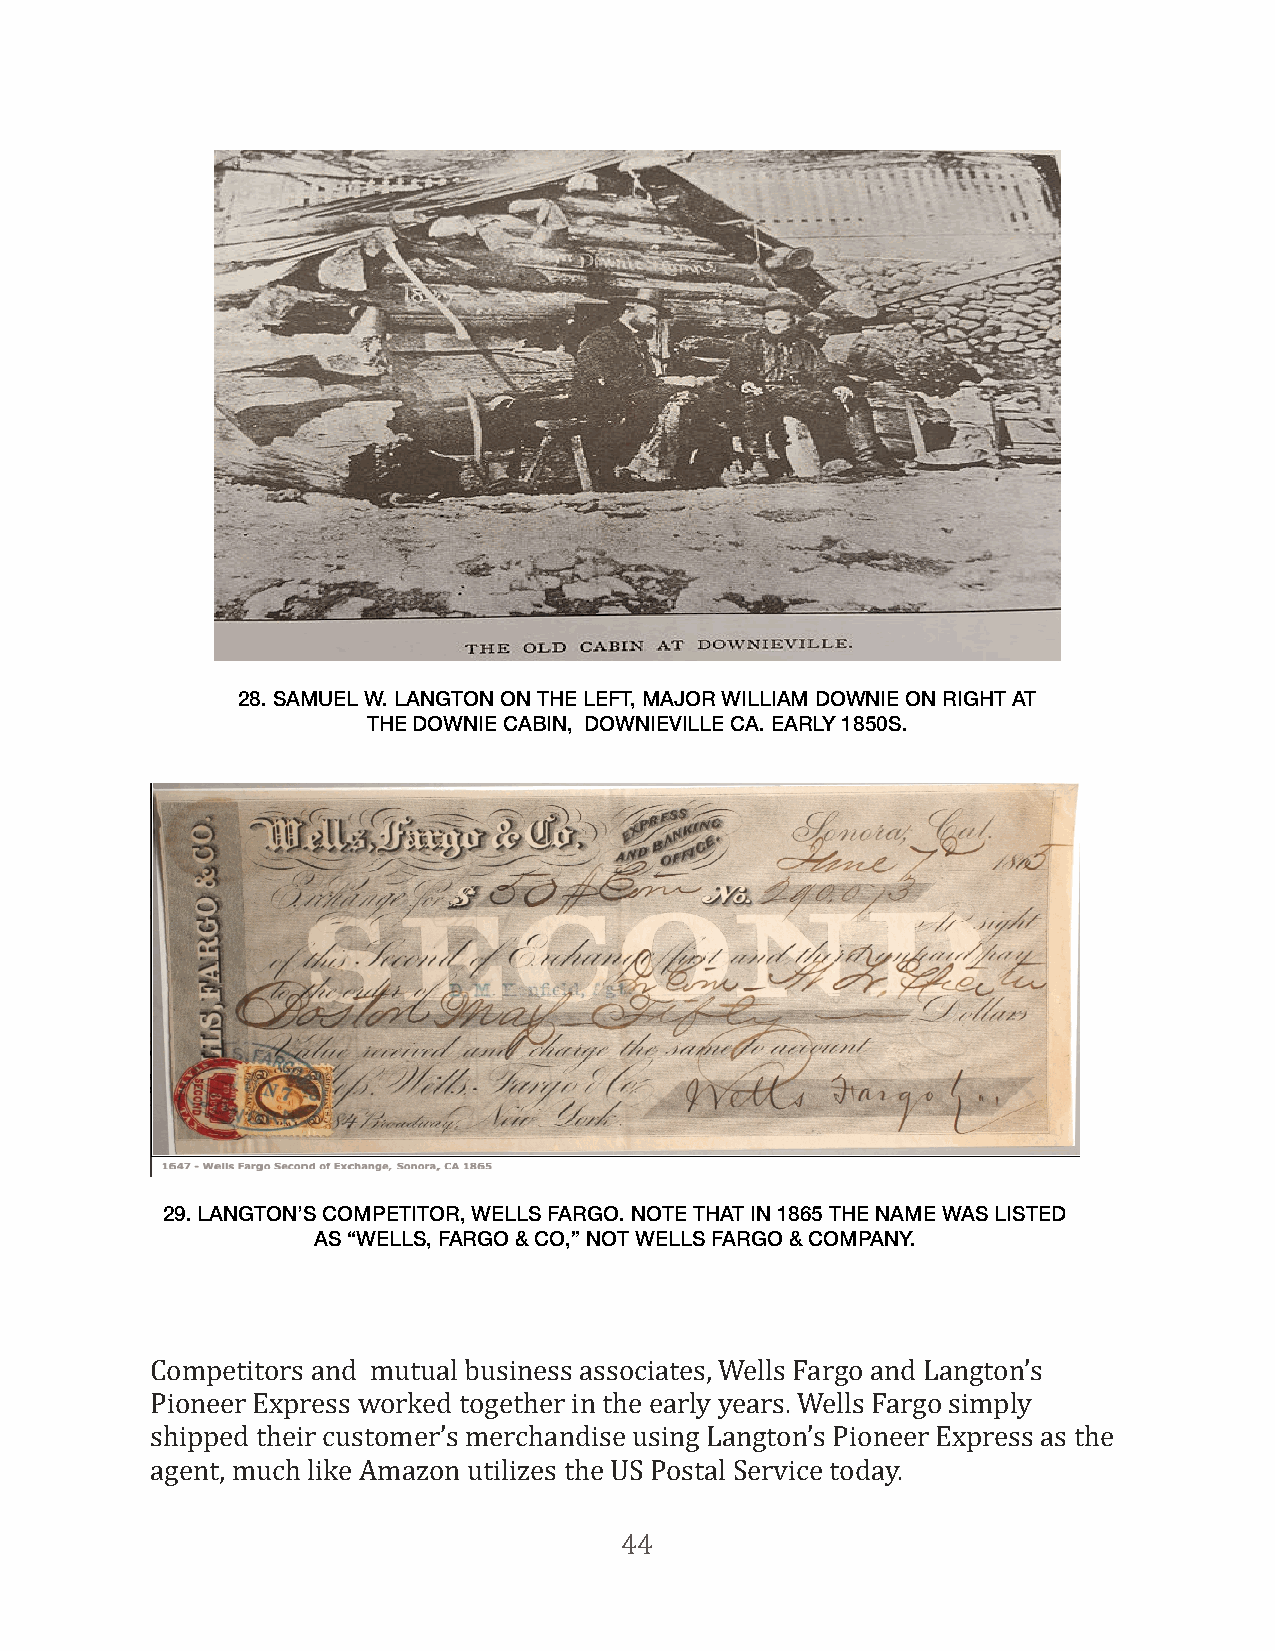
28. SAMUEL W. LANGTON ON THE LEFT, MAJOR WILLIAM DOWNIE ON RIGHT AT
 THE DOWNIE CABIN, DOWNIEVILLE CA. EARLY 1850S.
 29. LANGTON’S COMPETITOR, WELLS FARGO. NOTE THAT IN 1865 THE NAME WAS LISTED
 AS “WELLS, FARGO & CO,” NOT WELLS FARGO & COMPANY.
 Competitors and mutual business associates, Wells Fargo and Langton’s
 Pioneer Express worked together in the early years. Wells Fargo simply
 shipped their customer’s merchandise using Langton’s Pioneer Express as the
 agent, much like Amazon utilizes the US Postal Service today.
 44